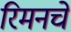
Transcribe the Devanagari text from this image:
रिमनचे